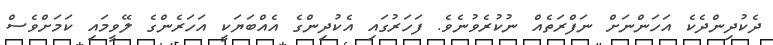
ދެކުދިންދެކެ އަހަންނަށް ނަފްރަތެއް ނުކުރެވުނެވެ. ފަހަރުގައި އެކުދިންގެ އެއްބަޔަކީ އަހަރެންގެ ލޭވީމައި ކަމަށްވެސް